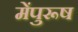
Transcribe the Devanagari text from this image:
मेंपुरूष